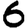
Digit: 6